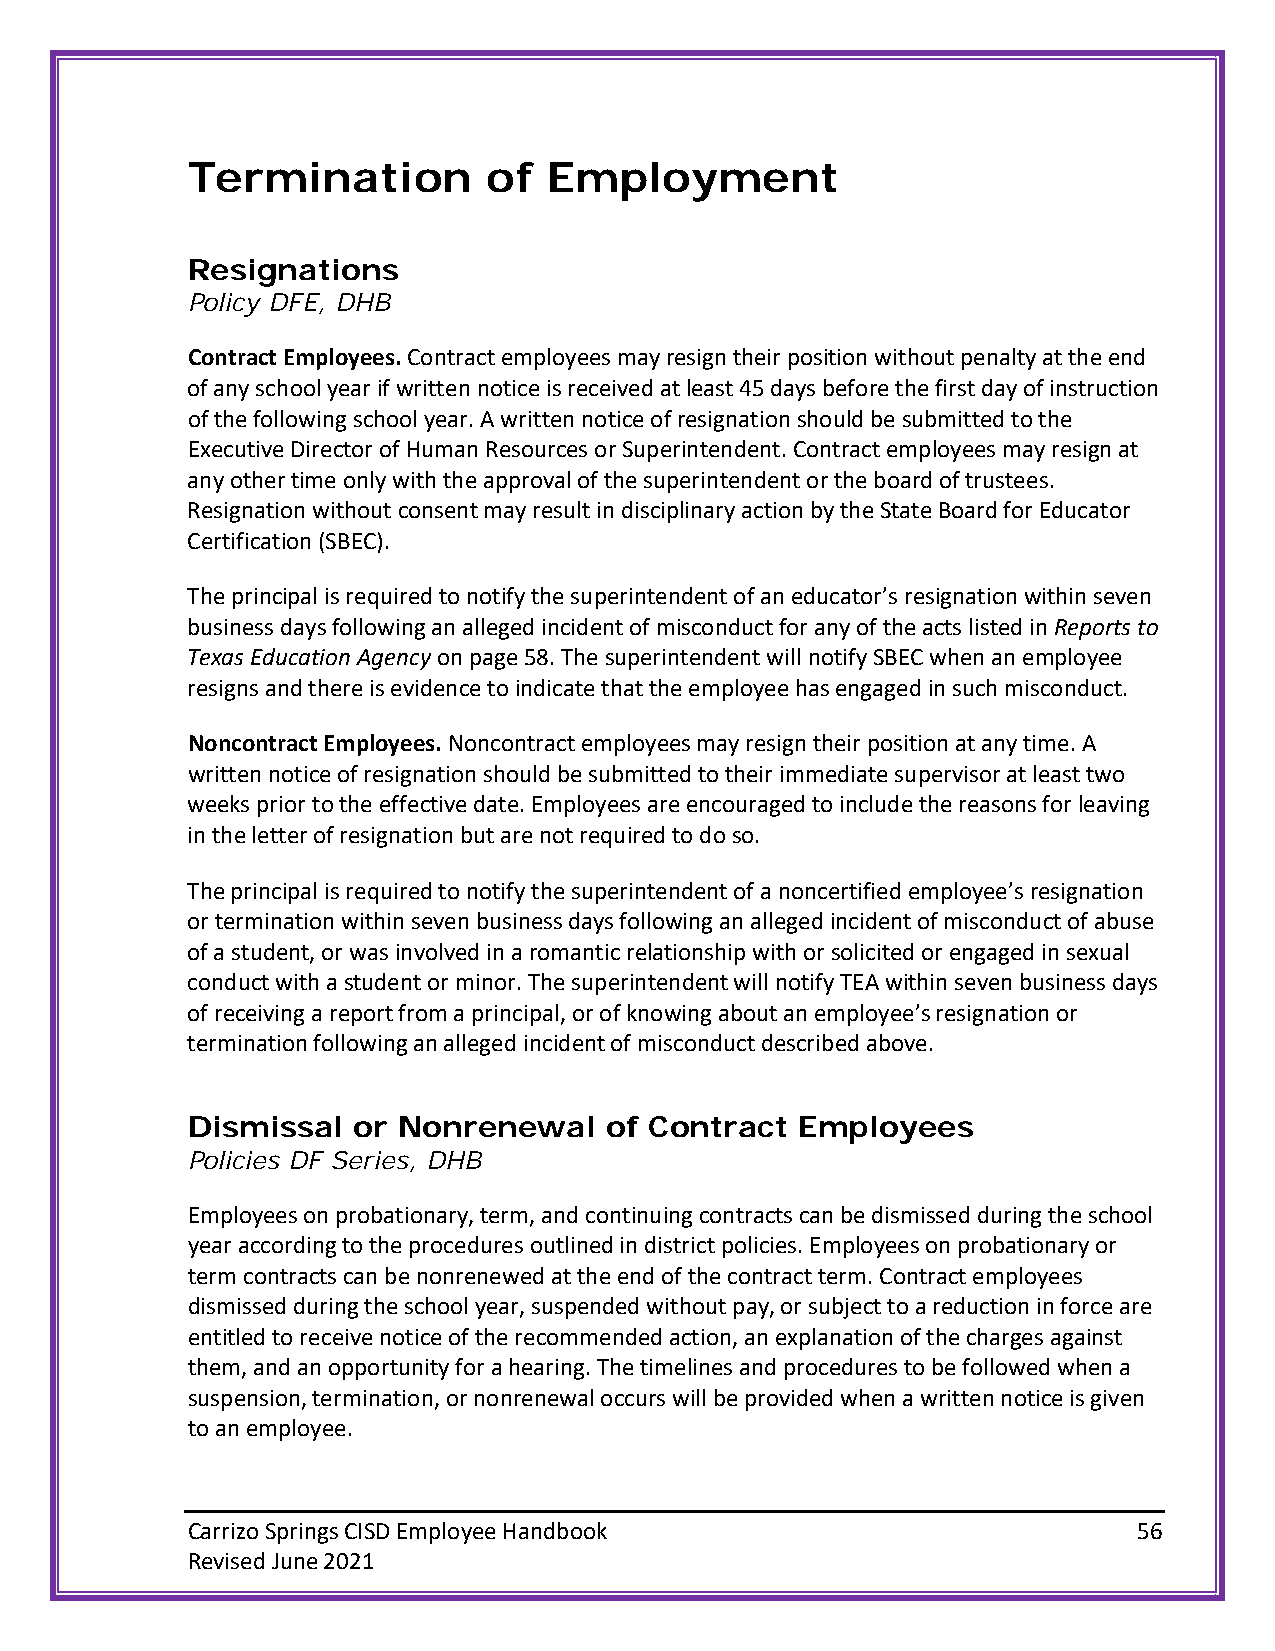
Termination         of  Employment
 Resignations
 Policy DFE, DHB
 Contract Employees. Contract employees may resign their position without penalty at the end
 of any school year if written notice is received at least 45 days before the first day of instruction
 of the following school year. A written notice of resignation should be submitted to the
 Executive Director of Human Resources or Superintendent. Contract employees may resign at
 any other time only with the approval of the superintendent or the board of trustees.
 Resignation without consent may result in disciplinary action by the State Board for Educator
 Certification (SBEC).
 The principal is required to notify the superintendent of an educator’s resignation within seven
 business days following an alleged incident of misconduct for any of the acts listed in Reports to
 Texas Education Agency on page 58. The superintendent will notify SBEC when an employee
 resigns and there is evidence to indicate that the employee has engaged in such misconduct.
 Noncontract Employees. Noncontract employees may resign their position at any time. A
 written notice of resignation should be submitted to their immediate supervisor at least two
 weeks prior to the effective date. Employees are encouraged to include the reasons for leaving
 in the letter of resignation but are not required to do so.
 The principal is required to notify the superintendent of a noncertified employee’s resignation
 or termination within seven business days following an alleged incident of misconduct of abuse
 of a student, or was involved in a romantic relationship with or solicited or engaged in sexual
 conduct with a student or minor. The superintendent will notify TEA within seven business days
 of receiving a report from a principal, or of knowing about an employee’s resignation or
 termination following an alleged incident of misconduct described above.
 Dismissal  or Nonrenewal    of Contract  Employees
 Policies DF Series, DHB
 Employees on probationary, term, and continuing contracts can be dismissed during the school
 year according to the procedures outlined in district policies. Employees on probationary or
 term contracts can be nonrenewed at the end of the contract term. Contract employees
 dismissed during the school year, suspended without pay, or subject to a reduction in force are
 entitled to receive notice of the recommended action, an explanation of the charges against
 them, and an opportunity for a hearing. The timelines and procedures to be followed when a
 suspension, termination, or nonrenewal occurs will be provided when a written notice is given
 to an employee.
 Carrizo Springs CISD Employee Handbook                         56
 Revised June 2021